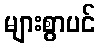
များစွာပင်